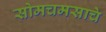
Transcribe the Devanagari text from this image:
सोमचमसाचे